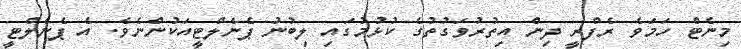
މިނެޓް ހަމަވެ ރެފްރީ ދިން އިތުރުވަގުތުގެ ކުޅުމުގައި ލިބުނު ޕެނެލްޓީއަކުންނެވެ. އެ ޕެނެލްޓީ